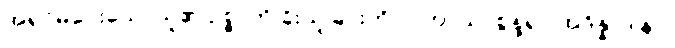
အရှင်မပေးသောသူ၏ ဥစ္စာကို ခိုးယူခြင်းကို။ ပဟာယ၊ စွန့်၍။ အဒိန္နာဒါနာ၊